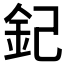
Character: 𨥈